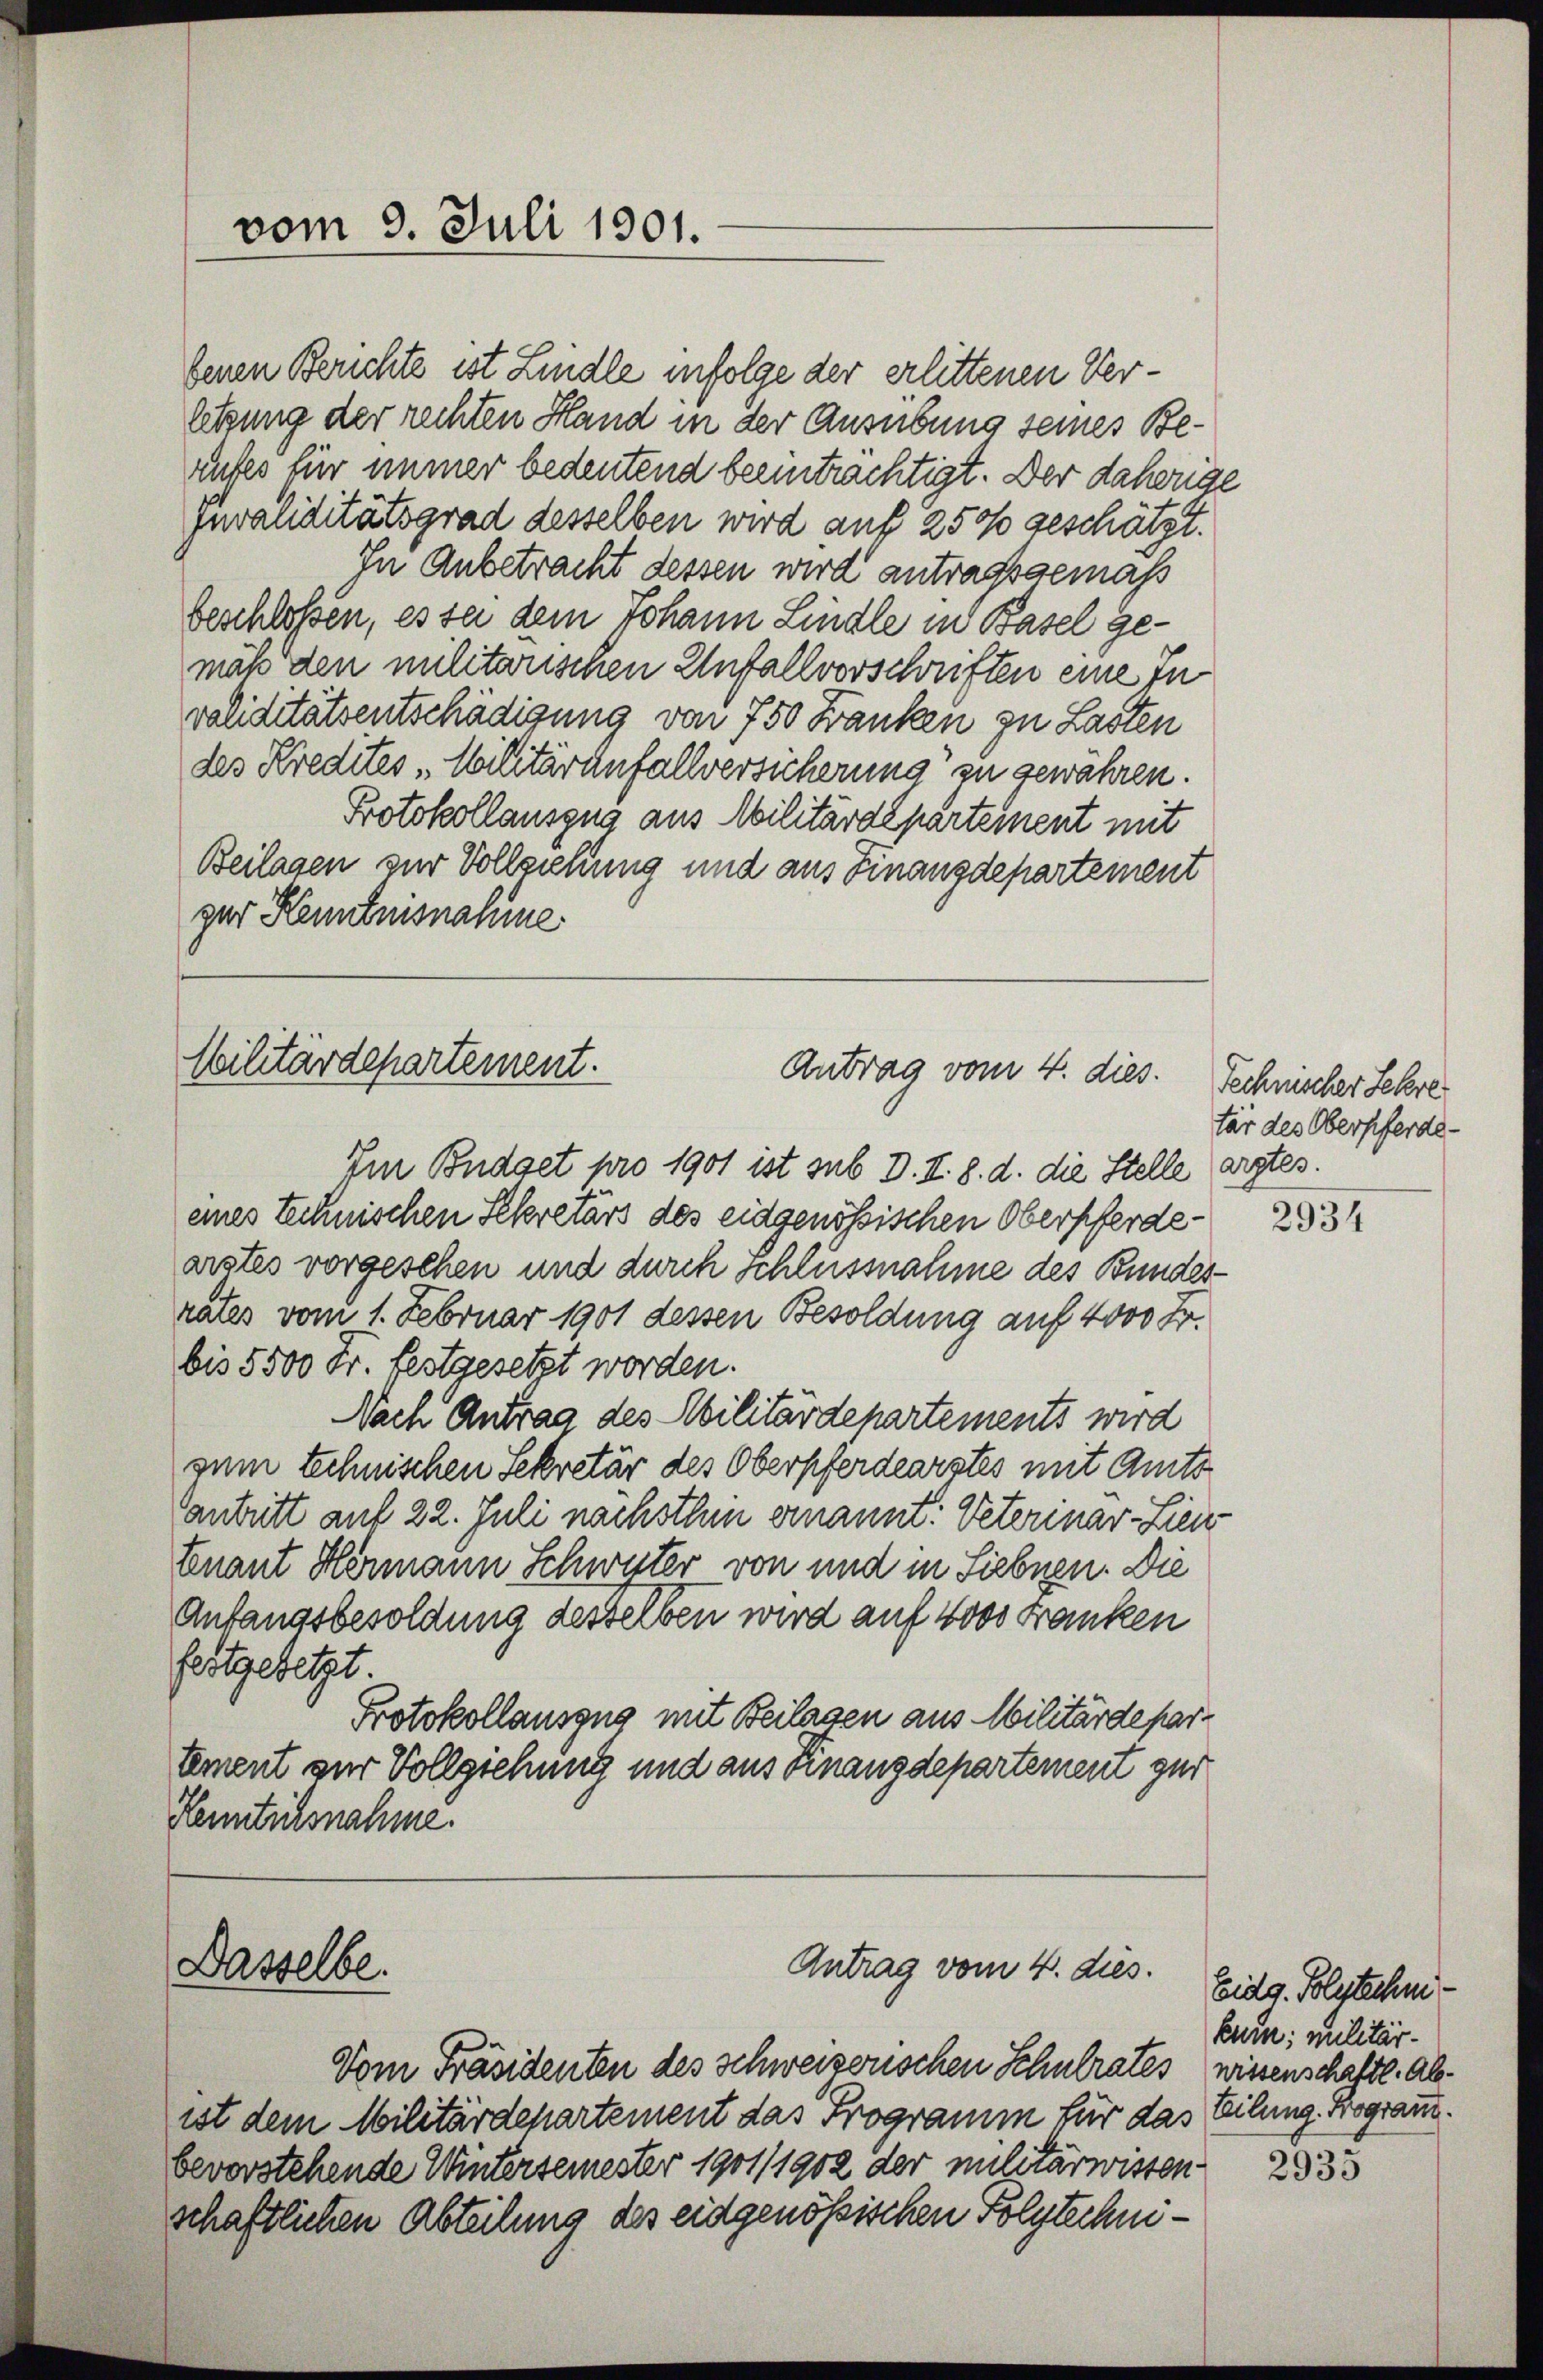
vom 3. Juli 1901.

benen Berichte ist Lindle infolge der erlittenen Verletzung der rechten Hand in der Ausübung seines Beaufes für immer bedeutend beeinträchtigt. Der daherige
Juvaliditätsgrad desselben wird auf 250 geschätzt.
In Anbetracht dessen wird antragsgemaß
beschloßen, es sei dem Johann Lindle in Basel gemäß den militarischen Unfallvorschriften eine In
validitätsentschädigung von 750 Banken zu Lasten
des Kredites Militäranfallversicherung zu gewähren.
Protokollauszug aus Militärdepartement mit
Beilagen zur Vollziehung und aus Finanzdepartement
ger Kenntnisnahme.

Militärdepartement.
Antrag vom 4. dies. Technischer Sehre

Im Budget pro 1901 ist sub D. I. 8. d. die Stelle arztes.
eines Technischen Sekretärs des eidgenössischen Oberpferdearstes vorgesehen und durch Schlussnahme des Bundesrates vom 1. Februar 1901 dessen Besoldung auf 4000 Fr.
bis 5500 Fr. festgesetzt worden.
Nach Antrag des Militärdepartements wird
zum Schnischen Sekretär des Oberpferdearztes mit Amts
antritt auf 22. Juli nächsthin ernannt: Veterinar-Liei
tenant Hermann Schwyter von und in Siebnen. Die
Anfangsbesoldung desselben wird auf 4000 Franken
festgesetzt.
Protokollauszug mit Beilagen aus Militärdepartement zur Vollziehung und aus Finanzdepartement zur
Kenntichsnahme.

Dasselbe.

Antrag vom 4. dies.

Vom Präsidenten des Schweizerischen Schulrates wissenschaftl. Abist dem Militärdepartement das Programm für das Teilung. Programm.
bevorstehende Wintersemester 1901/1902 der militärwissen
schaftlichen Abteilung des eidgenössischen Folgtechni¬

tär des Oberpferde-

2934

Eidg. Polytechnikum; militär¬

2935